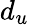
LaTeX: d_{u}